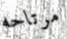
مرتاحه